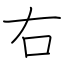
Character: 右